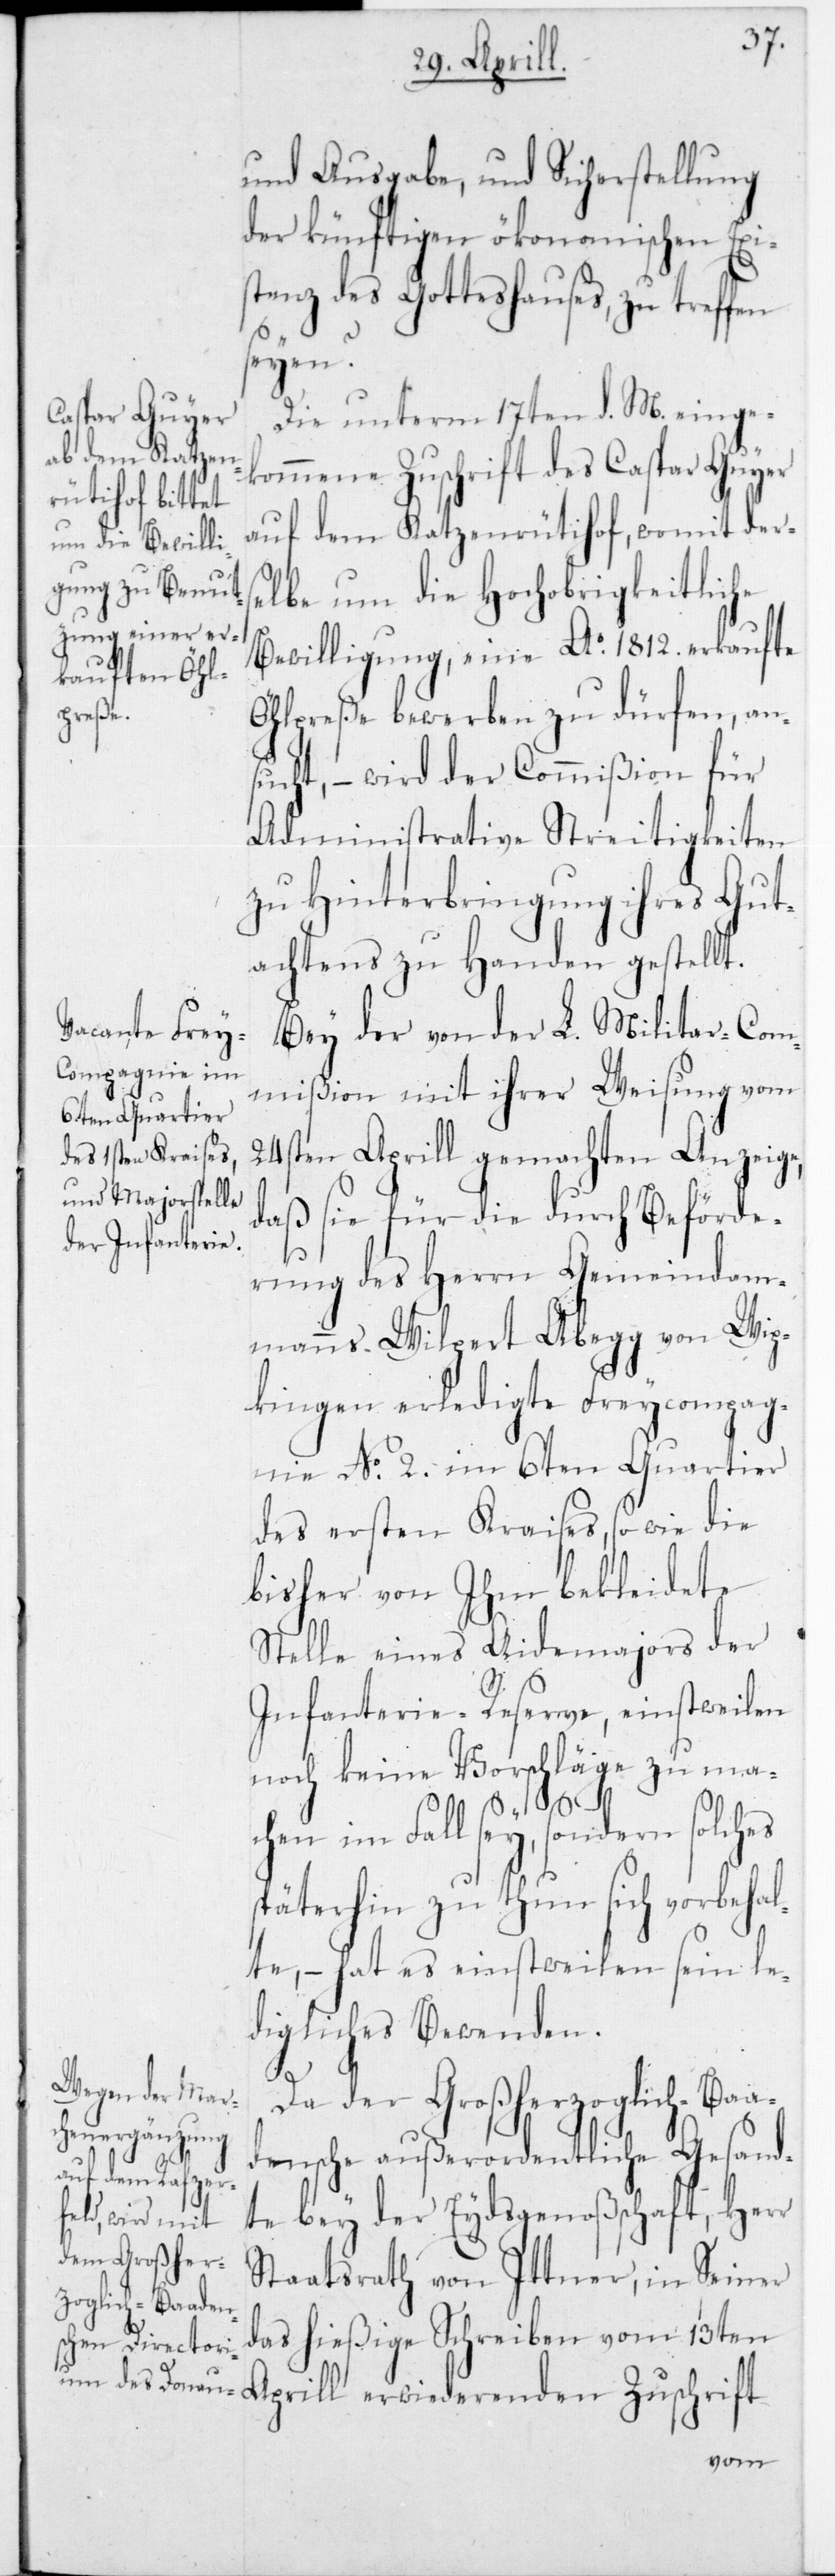
und Ausgabe, und Sicherstellung
der künftigen ökonomischen Exi¬
stenz des Gotteshauses, zu treffen
seyen?
Die unterm 17ten d. M. einge¬
kommene Zuschrift des Caspar Guyer
auf dem Katzenrütihof, womit ders¬
elbe um die Hochobrigkeitliche
Bewilligung, eine Ao 1812 erkaufte
Öhlpreße bewerben zu dürfen, an¬
sucht, – wird der Commißion für
Administrative Streitigkeiten
zu Hinterbringung ihres Gut¬
achtens zu Handen gestellt.
Bey der von der L. Militar-Com¬
mißion mit ihrer Weisung vom
24sten Aprill gemachten Anzeige,
daß sie für die durch Beförde¬
rung des Herrn Gemeindam¬
manns Wilpert Abegg von Wip¬
kingen erledigte Freycompag¬
nie No 2 im 6ten Quartier
des ersten Kreises, sowie die
bisher von Ihm bekleidete
Stelle eines Aidemajors der
Infanterie-Reserve, einstweilen
noch keine Vorschläge zu ma¬
chen im Fall sey, sondern solches
späterhin zu thun sich vorbehal¬
te, – hat es einstweilen sein le¬
digliches Bewenden.
Da der Großherzoglich-Baa¬
densche außerordentliche Gesand¬
te bey der Eydsgenoßenschaft, Herr
erwiederenden
Staatsrath von Ittner, in Seiner
das hießige Schreiben vom 13ten